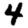
Digit: 4